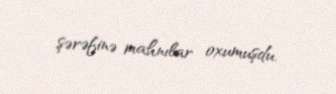
şərəfinə mahnılar oxumuşdu.